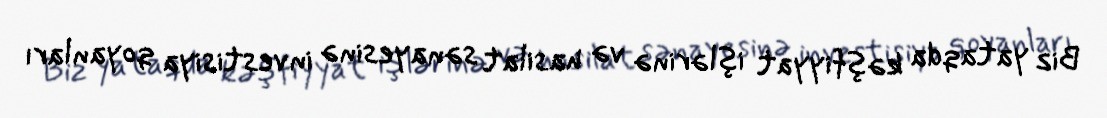
Biz yataqda kəşfiyyat işlərinə və hasilat sənayesinə investisiya qoyanları